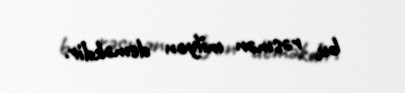
bu, rəsmən milyon deməkdir.